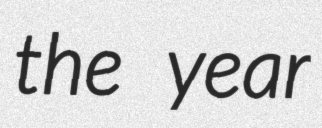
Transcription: the year